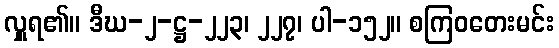
လှူရ၏။ ဒီဃ-၂-ဋ္ဌ-၂၂၃၊ ၂၂၇၊ ပါ-၁၅၂။ စကြဝတေးမင်း